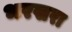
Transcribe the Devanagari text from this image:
भरखरा